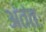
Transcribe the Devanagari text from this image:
अंतंतः